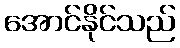
အောင်နိုင်သည်